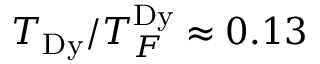
T _ { \mathrm { D y } } / T _ { F } ^ { \mathrm { D y } } \approx 0 . 1 3